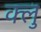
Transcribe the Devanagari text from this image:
क्लु